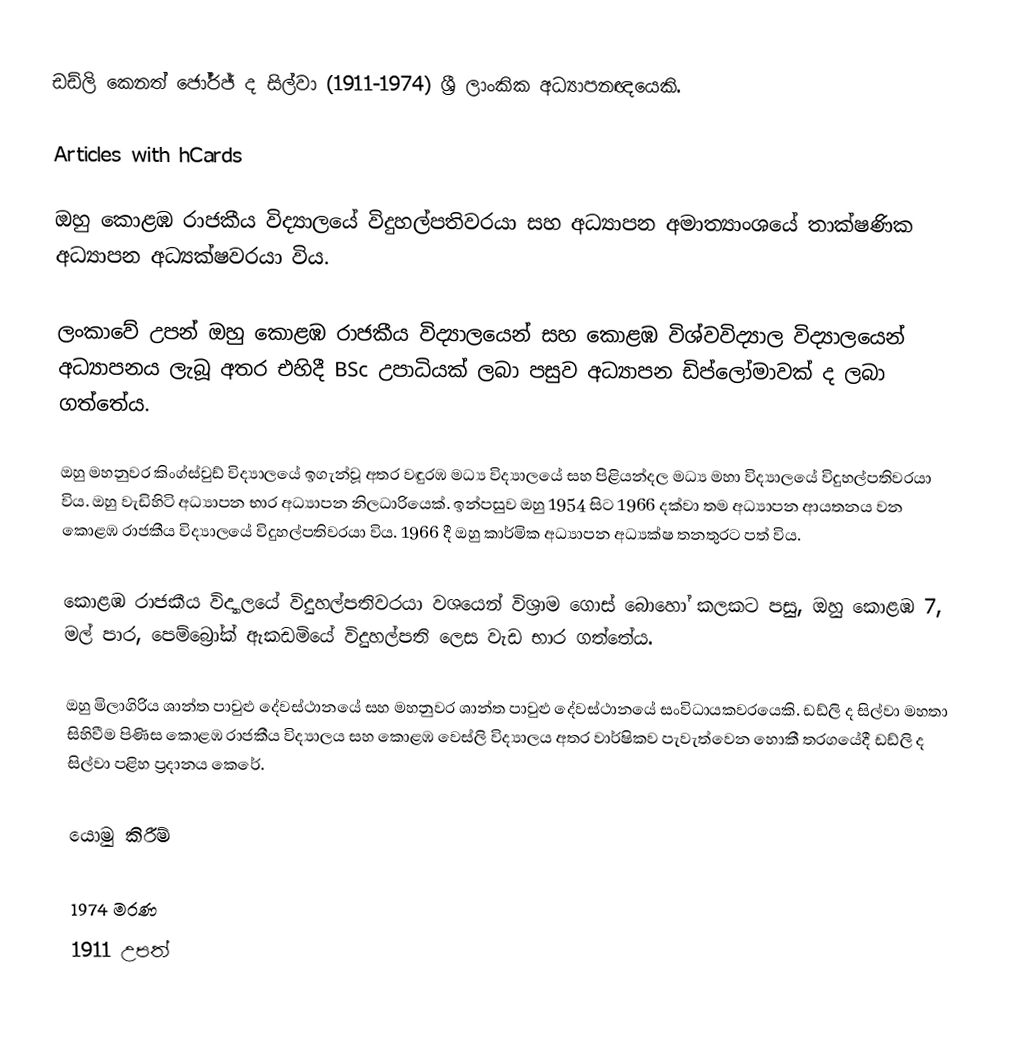
ඩඩ්ලි කෙනත් ජෝර්ජ් ද සිල්වා (1911-1974) ශ්‍රී ලාංකික අධ්‍යාපනඥයෙකි.

Articles with hCards

ඔහු කොළඹ රාජකීය විද්‍යාලයේ විදුහල්පතිවරයා සහ අධ්‍යාපන අමාත්‍යාංශයේ තාක්ෂණික අධ්‍යාපන අධ්‍යක්ෂවරයා විය.

ලංකාවේ උපන් ඔහු කොළඹ රාජකීය විද්‍යාලයෙන් සහ කොළඹ විශ්වවිද්‍යාල විද්‍යාලයෙන් අධ්‍යාපනය ලැබූ අතර එහිදී BSc උපාධියක් ලබා පසුව අධ්‍යාපන ඩිප්ලෝමාවක් ද ලබා ගත්තේය.

ඔහු මහනුවර කිංග්ස්වුඩ් විද්‍යාලයේ ඉගැන්වූ අතර වඳුරඹ මධ්‍ය විද්‍යාලයේ සහ පිළියන්දල මධ්‍ය මහා විද්‍යාලයේ විදුහල්පතිවරයා විය. ඔහු වැඩිහිටි අධ්‍යාපන භාර අධ්‍යාපන නිලධාරියෙක්. ඉන්පසුව ඔහු 1954 සිට 1966 දක්වා තම අධ්‍යාපන ආයතනය වන කොළඹ රාජකීය විද්‍යාලයේ විදුහල්පතිවරයා විය. 1966 දී ඔහු කාර්මික අධ්‍යාපන අධ්‍යක්ෂ තනතුරට පත් විය.

කොළඹ රාජකීය විද්‍යාලයේ විදුහල්පතිවරයා වශයෙන් විශ්‍රාම ගොස් බොහෝ කලකට පසු, ඔහු කොළඹ 7, මල් පාර, පෙම්බ්‍රෝක් ඇකඩමියේ විදුහල්පති ලෙස වැඩ භාර ගත්තේය.

ඔහු මිලාගිරිය ශාන්ත පාවුළු දේවස්ථානයේ සහ මහනුවර ශාන්ත පාවුළු දේවස්ථානයේ සංවිධායකවරයෙකි. ඩඩ්ලි ද සිල්වා මහතා සිහිවීම පිණිස කොළඹ රාජකීය විද්‍යාලය සහ කොළඹ වෙස්ලි විද්‍යාලය අතර වාර්ෂිකව පැවැත්වෙන හොකී තරගයේදී ඩඩ්ලි ද සිල්වා පළිහ ප්‍රදානය කෙරේ.

යොමු කිරීම්

1974 මරණ
1911 උපත්